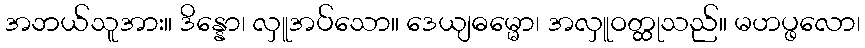
အဘယ်သူအား။ ဒိန္နော၊ လှူအပ်သော။ ဒေယျဓမ္မော၊ အလှူဝတ္ထုသည်။ မဟပ္ဖလော၊